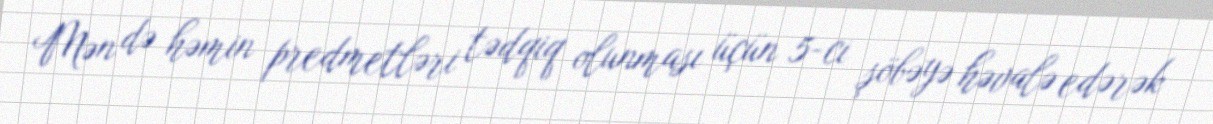
Mən də həmin predmetləri tədqiq olunması üçün 5-ci şöbəyə həvalə edərək